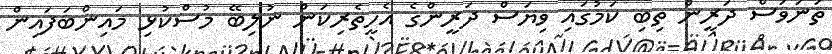
ތަނަވަސް ދަރީން ތިބި ކަމުގައި ވިޔަސް ދަރީންގެ އެހީތެރިކަން ނުލިބޭ މުސްކުޅި މައިންބަފައިން